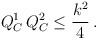
\begin{align*}Q_C^1 \, Q_C^2 \leq {k^2 \over 4} \,.\end{align*}